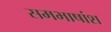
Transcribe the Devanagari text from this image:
समभाषांश